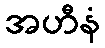
အဟီနံ